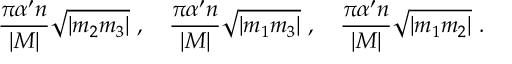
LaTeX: \frac { \pi \alpha ^ { \prime } n } { | M | } \sqrt { | m _ { 2 } m _ { 3 } | } \ , \quad \frac { \pi \alpha ^ { \prime } n } { | M | } \sqrt { | m _ { 1 } m _ { 3 } | } \ , \quad \frac { \pi \alpha ^ { \prime } n } { | M | } \sqrt { | m _ { 1 } m _ { 2 } | } \ .